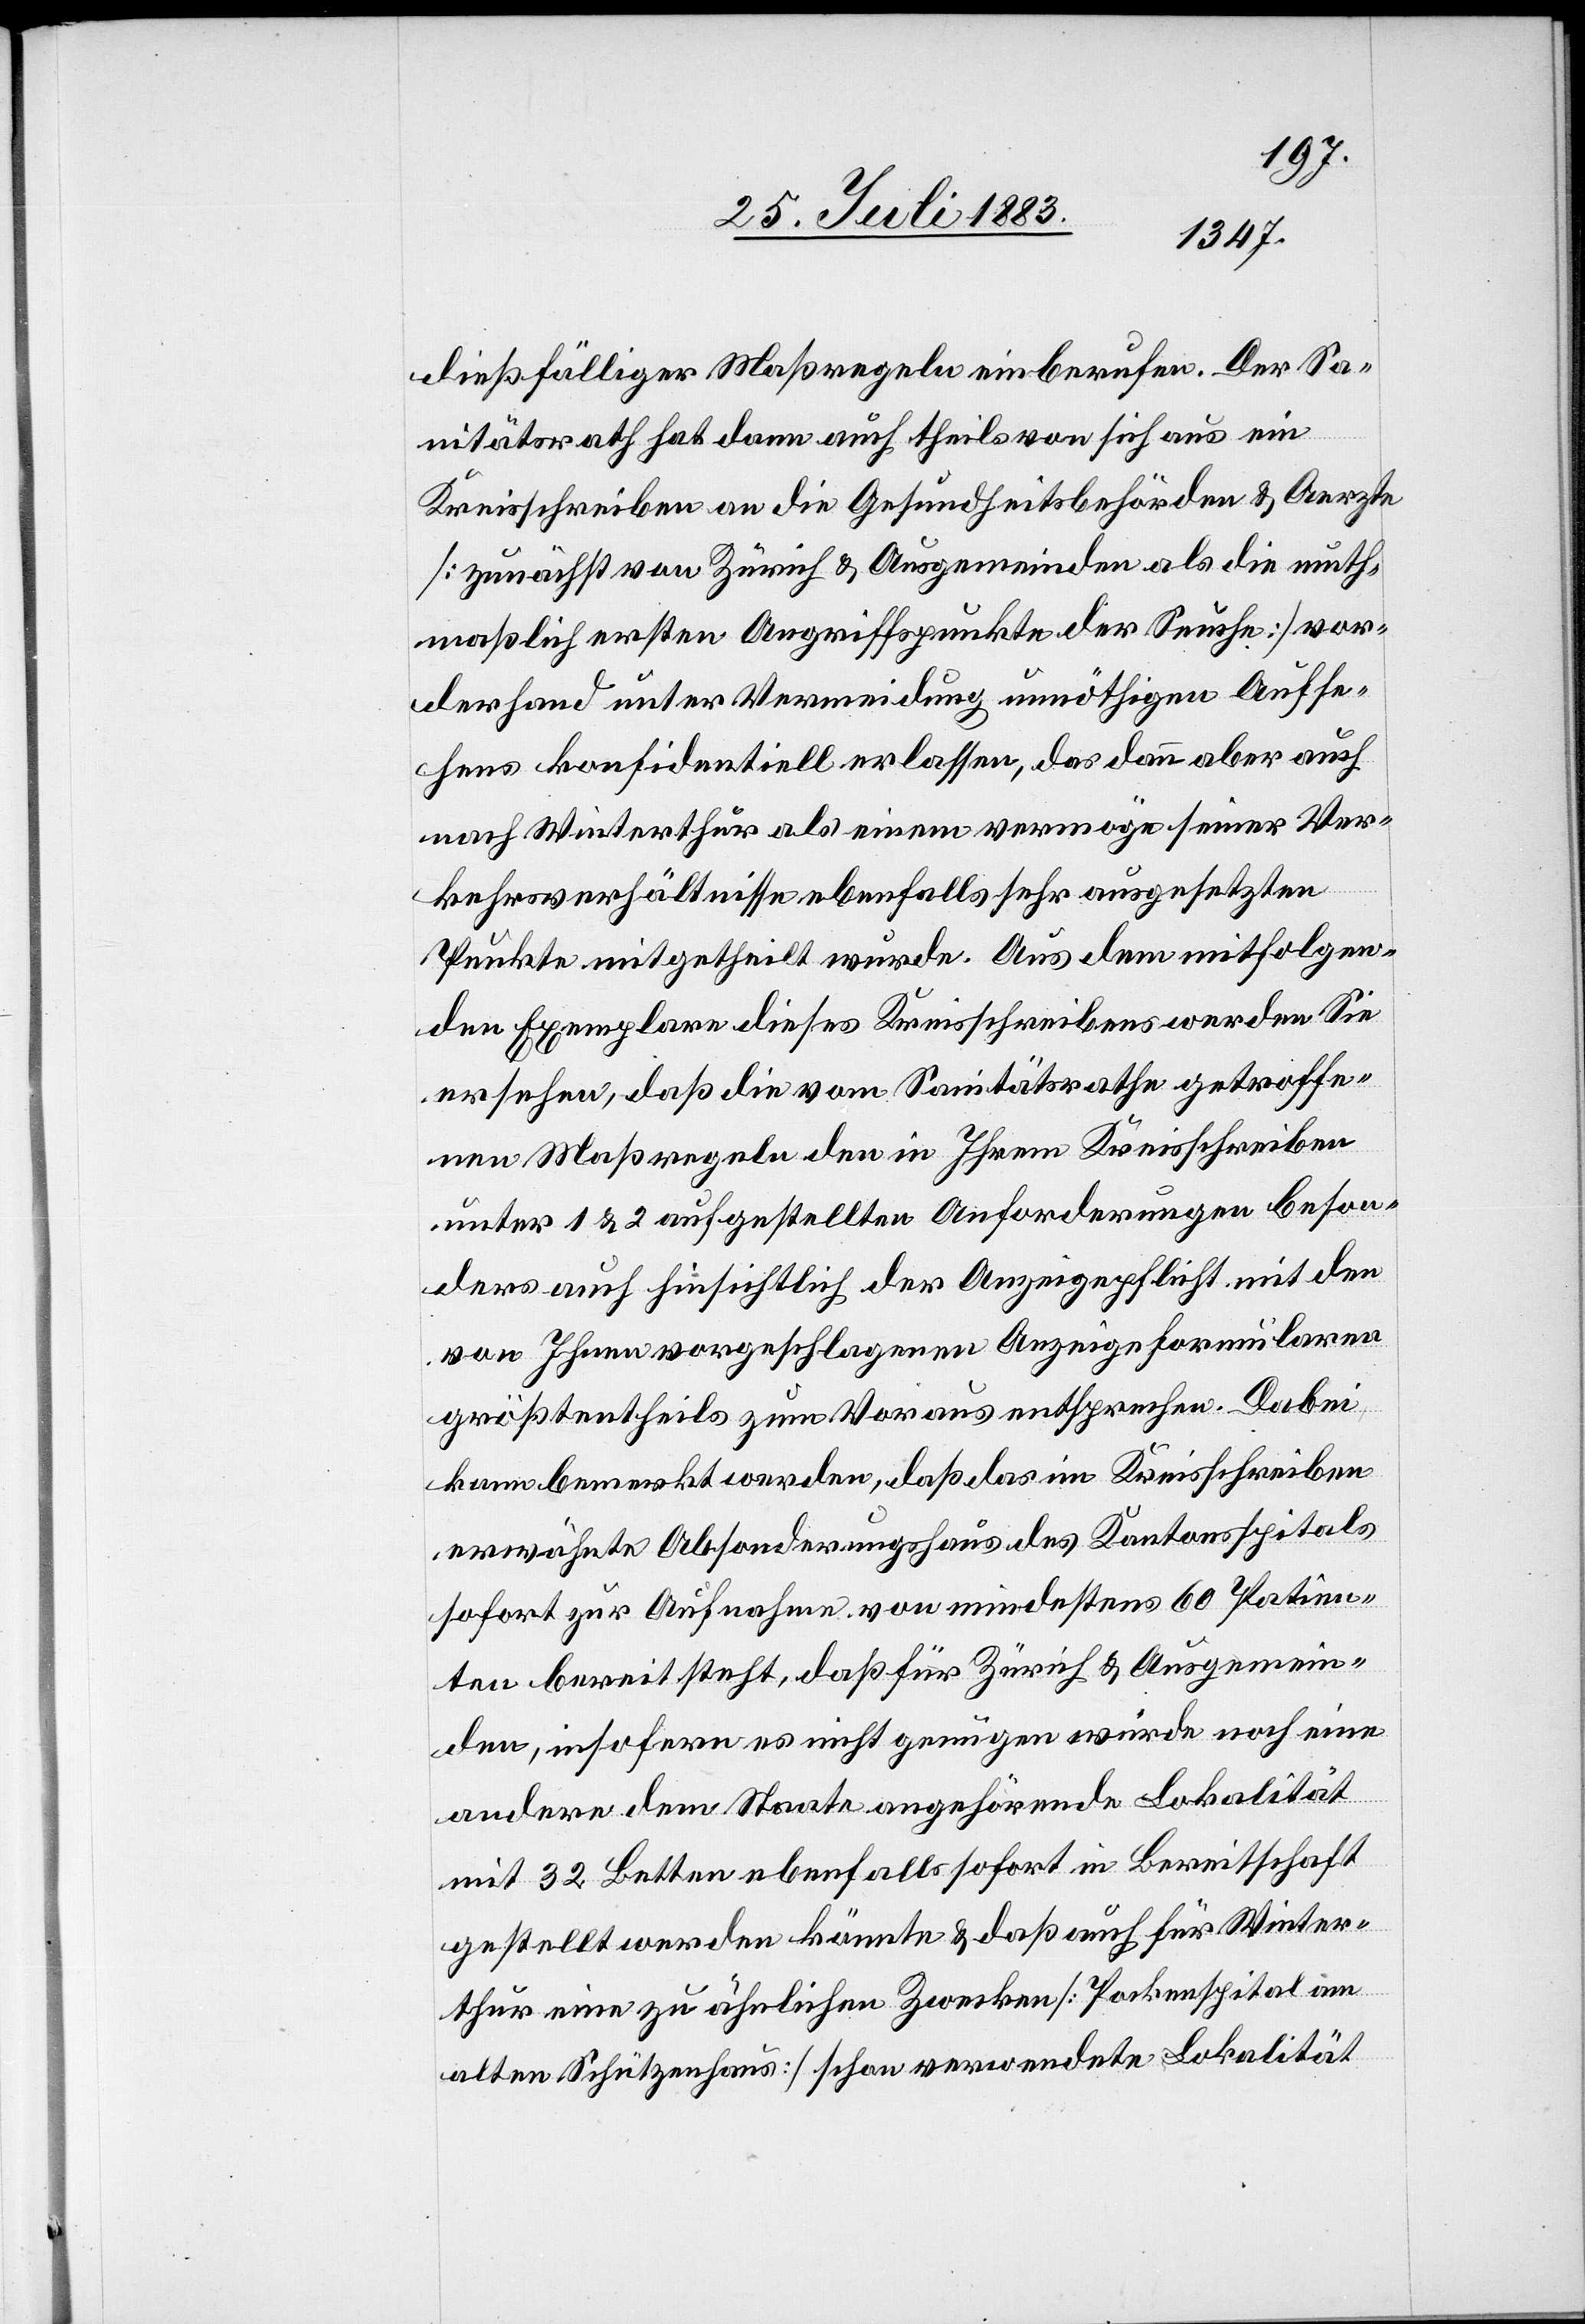
dießfälliger Maßregeln einberufen. Der Sa¬
nitätsrath hat dann auch theils von sich aus ein
Kreisschreiben an die Gesundheitsbehörden & Aerzte
[zunächst von Zürich & Ausgemeinden als die muth¬
maßlich ersten Angriffspunkte der Seuche] vor¬
derhand unter Vermeidung unnöthigen Aufse¬
hens konfidentiell erlassen, das dann aber auch
nach Winterthur als einem vermöge seiner Ver¬
kehrsverhältnisse ebenfalls sehr ausgesetzten
Punkte mitgetheilt wurde. Aus dem mitfolgen¬
den Exemplare dieses Kreisschreibens werden Sie
entnehmen, daß die vom Sanitätsrathe getroffe¬
nen Maßregeln den in Ihrem Kreisschreiben
unter 1 & 2 aufgestellten Anforderungen beson¬
ders auch hinsichtlich der Anzeigepflicht mit den
von Ihnen vorgeschlagenen Anzeigeformularen
größtentheils zum Voraus entsprechen. Dabei
kann bemerkt werden, daß das im Kreisschreiben
erwähnte Absonderungshaus der Kantonsspitals
sofort zur Aufnahme von mindestens 60 Patien¬
ten bereit steht, daß für Zürich & Ausgemein¬
den, insofern es nicht genügen würde noch eine
andere dem Staate angehörende Lokalität
mit 32 Betten ebenfalls sofort in Bereitschaft
gestellt werden könnte & daß auch für Winter¬
thur eine zu ähnlichen Zwecken [Pockenspital am
alten Schützenhaus] schon verwendete Lokalität